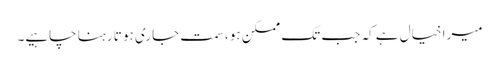
میرا خیال ہے کہ جب تک ممکن ہو ، سمت جاری ہو تا رہنا چاہیے۔